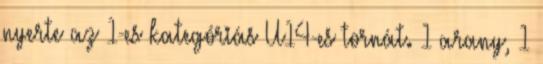
nyerte az 1-es kategóriás U14-es tornát. 1 arany, 1